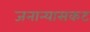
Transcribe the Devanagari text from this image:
जनान्यासकट